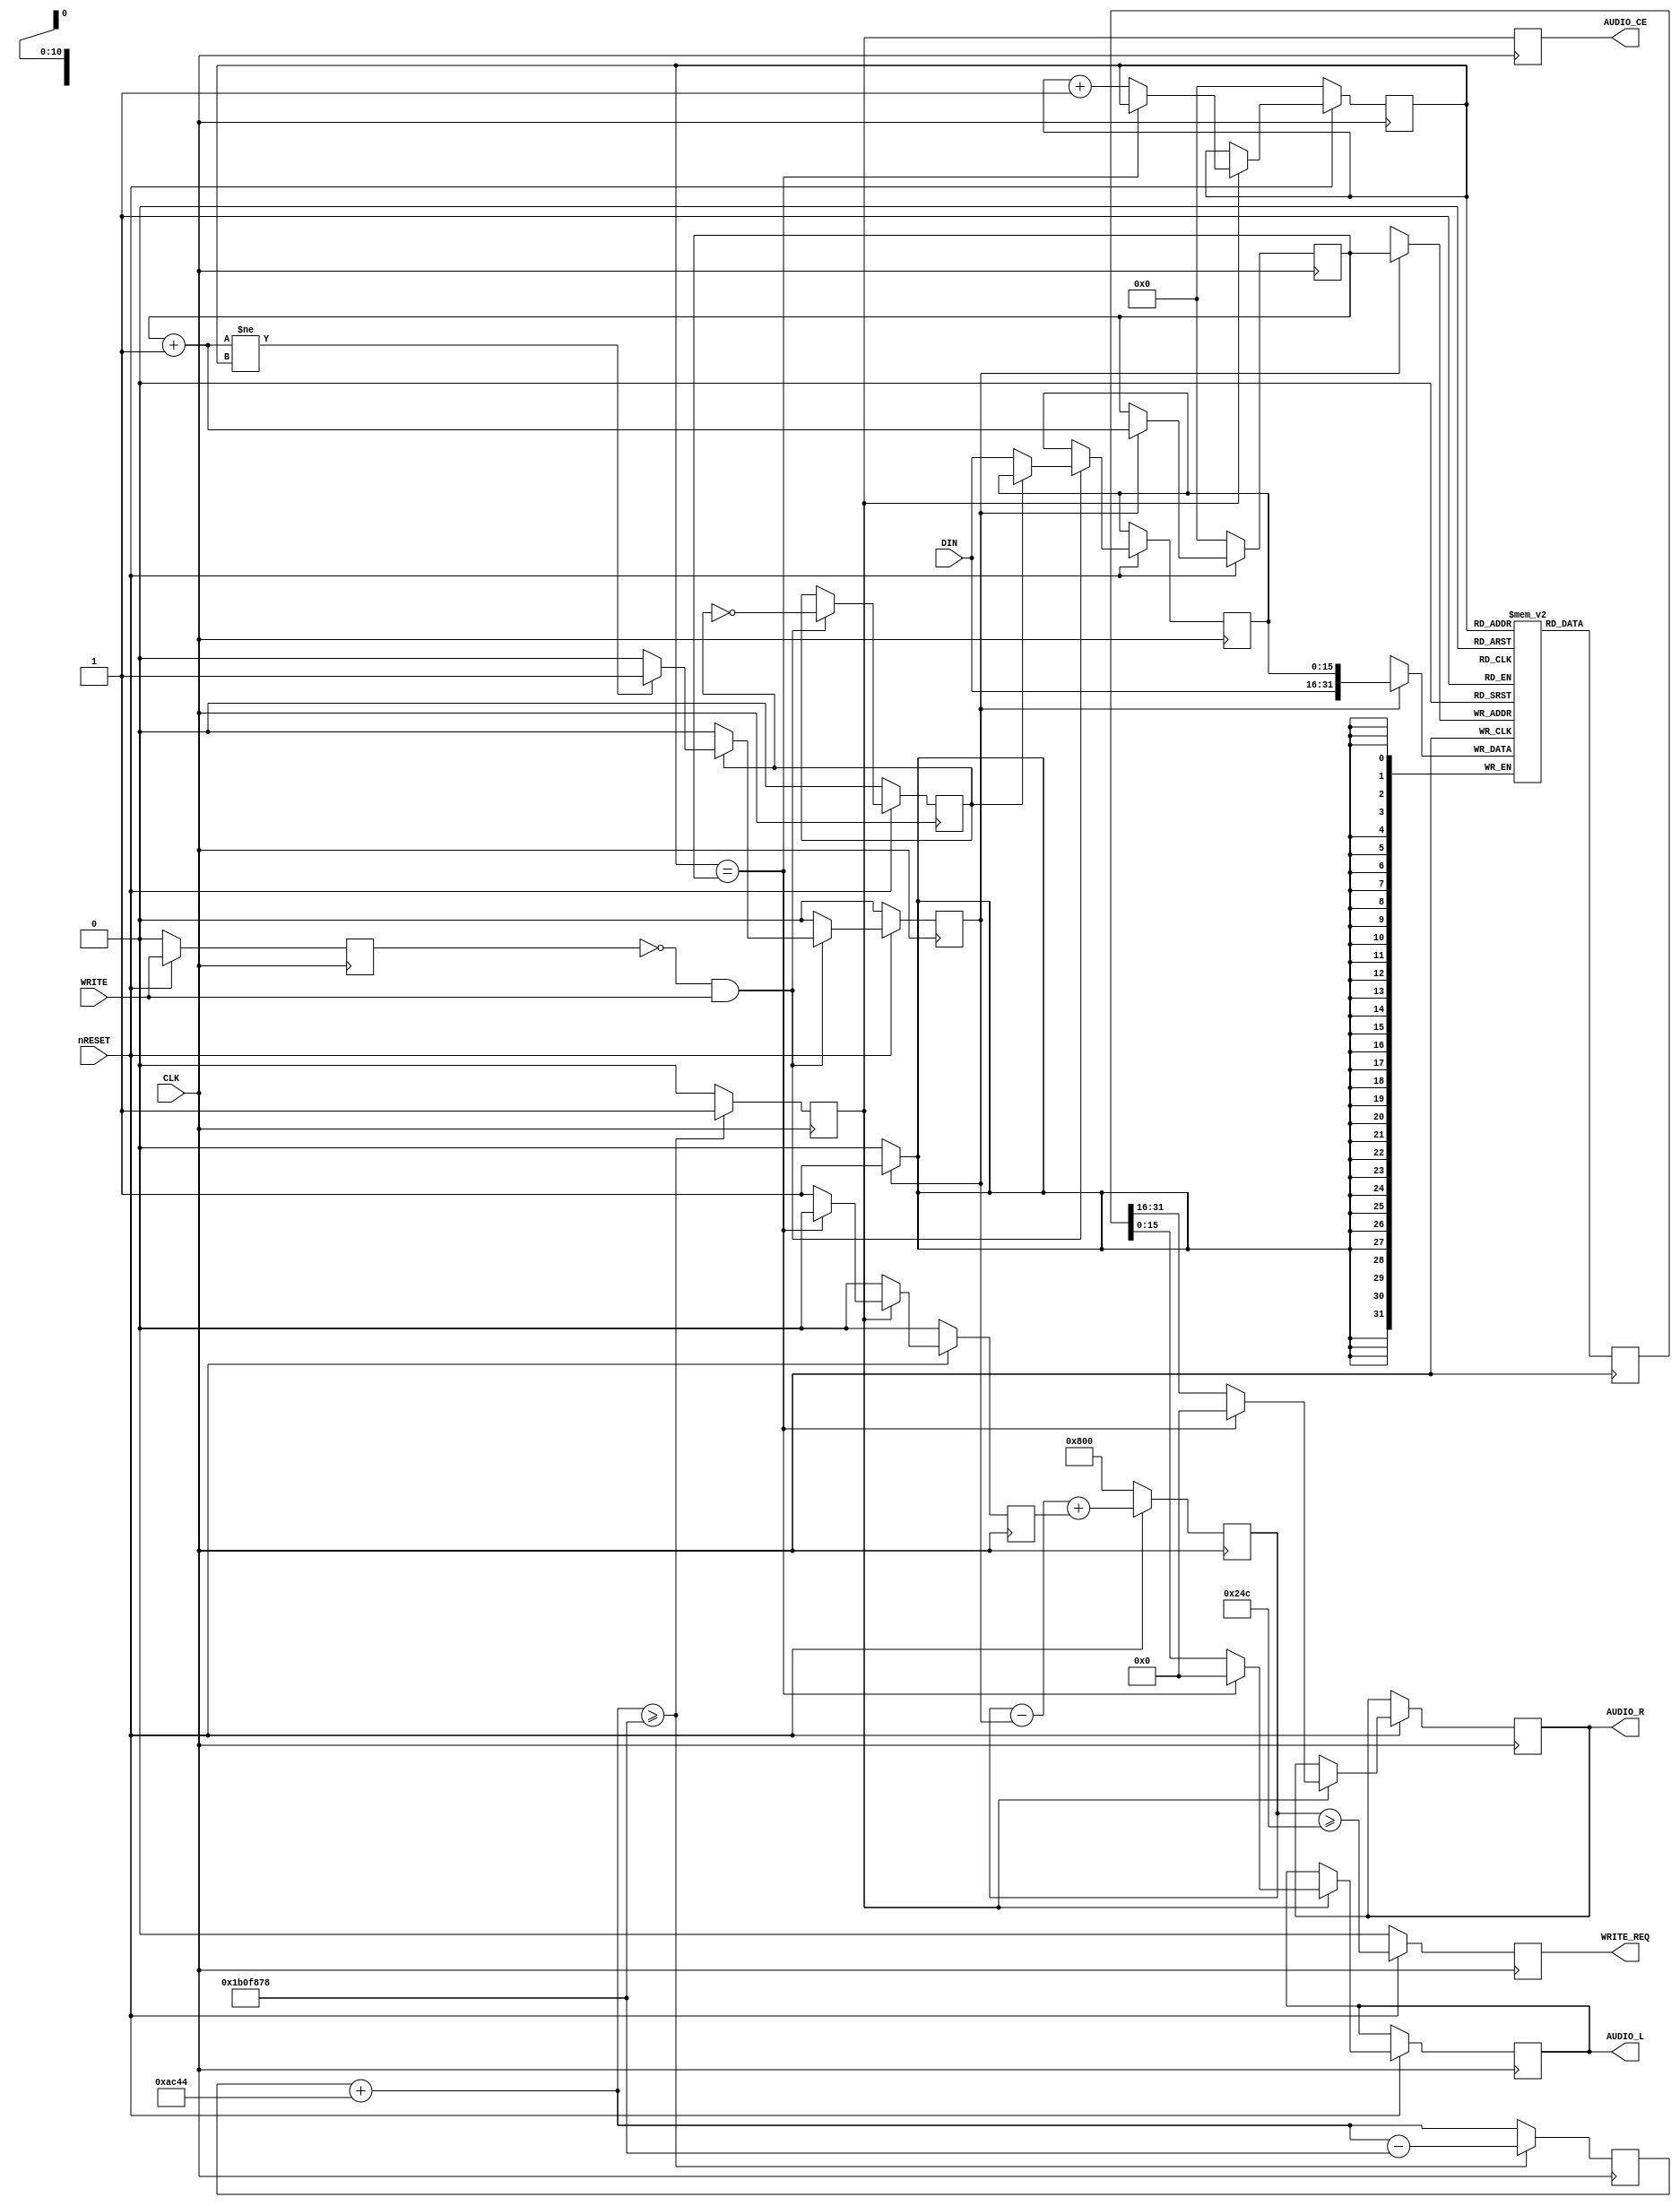
module cdda #(parameter CLK_RATE=28375160)
(
	input             CLK,
	input             nRESET,

	output reg        WRITE_REQ,
	input             WRITE,
	input      [15:0] DIN,
	
	output reg        AUDIO_CE,
	output reg [15:0] AUDIO_L,
	output reg [15:0] AUDIO_R

);

localparam SECTOR_SIZE  = 2352*8/32;
localparam BUFFER_WIDTH = $clog2(2 * SECTOR_SIZE);
localparam BUFFER_SIZE  = 2**BUFFER_WIDTH;

reg         cen_44100;
reg  [31:0] cen_44100_cnt;
wire [31:0] cen_44100_cnt_next = cen_44100_cnt + 44100;

always @(posedge CLK) begin
	cen_44100 <= 0;
	cen_44100_cnt <= cen_44100_cnt_next;
	if (cen_44100_cnt_next >= CLK_RATE) begin
		cen_44100 <= 1;
		cen_44100_cnt <= cen_44100_cnt_next - CLK_RATE;
	end
	AUDIO_CE <= cen_44100;
end

reg OLD_WRITE, LRCK, WR_REQ, RD_REQ;

reg [15:0] DATA;

reg [BUFFER_WIDTH-1:0] READ_ADDR, WRITE_ADDR;
reg [BUFFER_WIDTH:0] AVAILABLE_COUNT;

always @(posedge CLK) begin
	if (~nRESET) begin
		OLD_WRITE <= 0;
		LRCK      <= 0;
		READ_ADDR <= 0;
		WRITE_ADDR <= 0;
		AVAILABLE_COUNT <= BUFFER_SIZE[BUFFER_WIDTH:0];
		WR_REQ <= 0;
		RD_REQ <= 0;
		WRITE_REQ <= 0;
	end else begin

		RD_REQ <= 0;
		WR_REQ <= 0;
		if(WR_REQ) WRITE_ADDR <= WRITE_ADDR + 1'b1;

		OLD_WRITE <= WRITE;
		if (~OLD_WRITE & WRITE) begin
			LRCK <= ~LRCK;
			if (~LRCK) DATA <= DIN;
			else if((WRITE_ADDR+1'd1) != READ_ADDR) WR_REQ <= 1;
		end

		if (cen_44100) begin
			if (READ_ADDR == WRITE_ADDR) begin
				AUDIO_L <= 0;
				AUDIO_R <= 0;
			end
			else begin
				RD_REQ <= 1;
				AUDIO_L <= BUFFER_Q[15:0];
				AUDIO_R <= BUFFER_Q[31:16];
				READ_ADDR <= READ_ADDR + 1'd1;
			end
		end

		AVAILABLE_COUNT <= AVAILABLE_COUNT - WR_REQ + RD_REQ;
		WRITE_REQ <= (AVAILABLE_COUNT >= SECTOR_SIZE);
	end
end

reg [31:0] BUFFER[BUFFER_SIZE-1:0];
reg [31:0] BUFFER_Q;
always @(posedge CLK) begin
	BUFFER_Q <= BUFFER[READ_ADDR];
	if (WR_REQ) BUFFER[WRITE_ADDR] <= {DIN,DATA};
end

endmodule